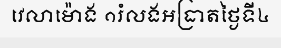
វេលាម៉ោង ១រំលងអធ្រាតថ្ងៃទី៤